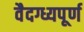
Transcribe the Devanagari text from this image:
वैदग्ध्यपूर्ण